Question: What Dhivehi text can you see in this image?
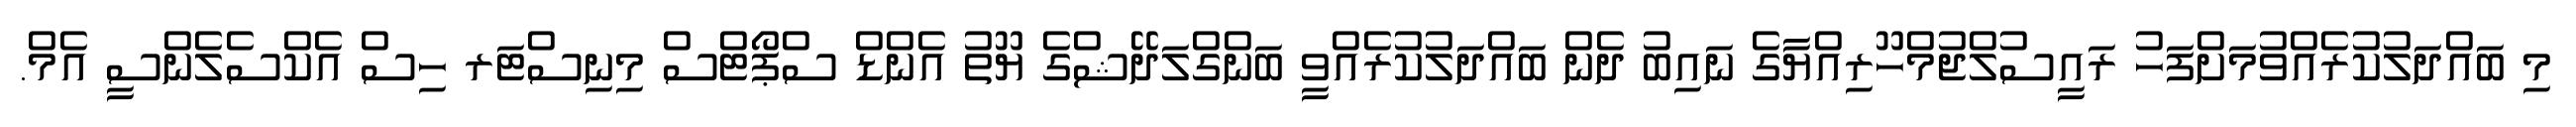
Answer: މި ބައްދަލުކުރެއްވުމަށްފަހު ރައީސުލްޖުމްހޫރިއްޔާގެ ނައިބު ދެން ބައްދަލުކުރެއްވީ ބަންގްލަދޭޝްގެ ޔޫތު އެންޑް ސްޕޯޓްސް މިނިސްޓަރ ހިސް އެކްސެލެންސީ އެމް.